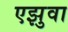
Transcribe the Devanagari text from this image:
एझुवा